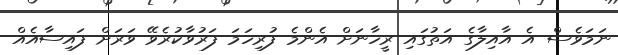
ނަމަވެސް އެ އާއިލާގެ އަތުގައި ރީހާނަށް އެންމެ ފުރިހަމަ ފަރުވާކުރެވޭ ވަރަށް ފައިސާއެއް